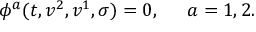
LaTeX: \phi ^ { a } ( t , v ^ { 2 } , v ^ { 1 } , \sigma ) = 0 , \ \; \; \; \; a = 1 , 2 .